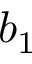
b _ { 1 }